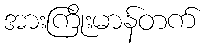
အားကြိုးမာန်တက်